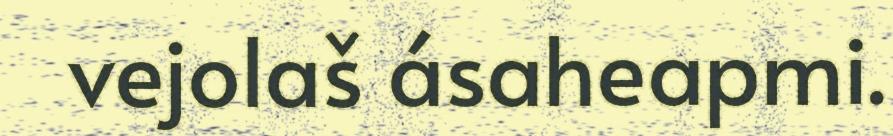
vejolaš ásaheapmi.